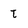
Character: t